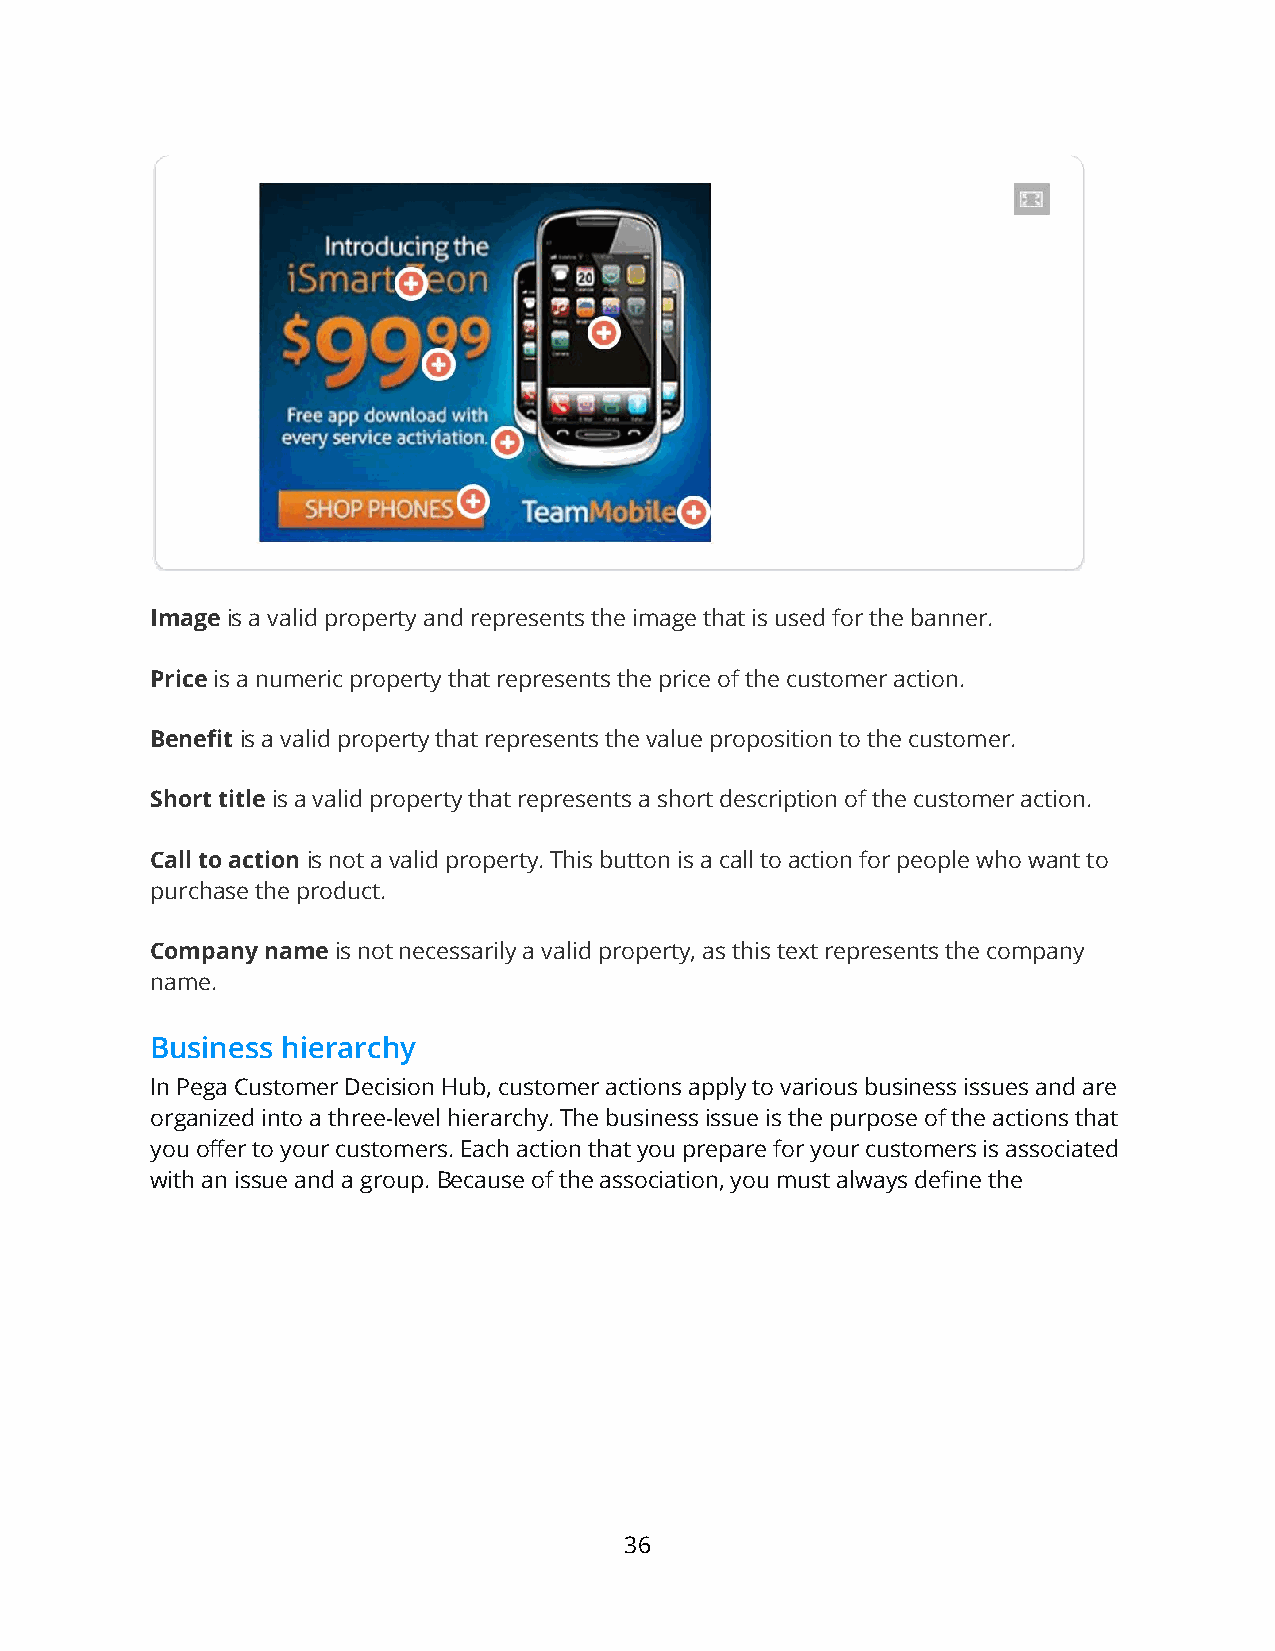
Image is a valid property and represents the image that is used for the banner.
 Price is a numeric property that represents the price of the customer action.
 Benefit is a valid property that represents the value proposition to the customer.
 Short title is a valid property that represents a short description of the customer action.
 Call to action is not a valid property. This button is a call to action for people who want to
 purchase the product.
 Company name is not necessarily a valid property, as this text represents the company
 name.
 Business hierarchy
 In Pega Customer Decision Hub, customer actions apply to various business issues and are
 organized into a three-level hierarchy. The business issue is the purpose of the actions that
 you offer to your customers. Each action that you prepare for your customers is associated
 with an issue and a group. Because of the association, you must always define the
 36